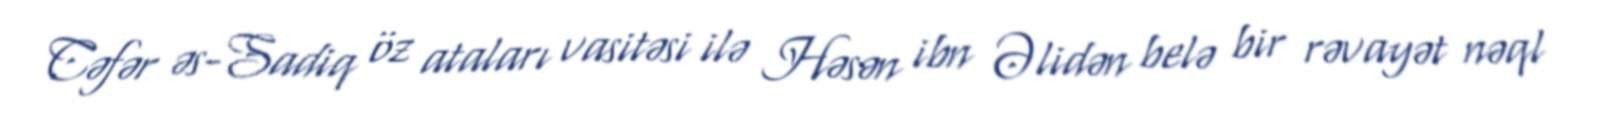
Cəfər əs-Sadiq öz ataları vasitəsi ilə Həsən ibn Əlidən belə bir rəvayət nəql